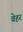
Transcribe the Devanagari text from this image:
वेहर